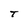
Character: T